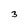
Character: 3